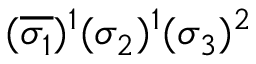
( \overline { { \sigma _ { 1 } } } ) ^ { 1 } ( \sigma _ { 2 } ) ^ { 1 } ( \sigma _ { 3 } ) ^ { 2 }